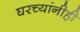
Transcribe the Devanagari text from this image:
घरच्यांनीही